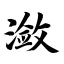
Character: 潋